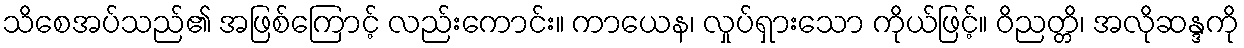
သိစေအပ်သည်၏ အဖြစ်ကြောင့် လည်းကောင်း။ ကာယေန၊ လှုပ်ရှားသော ကိုယ်ဖြင့်။ ဝိညတ္တိ၊ အလိုဆန္ဒကို